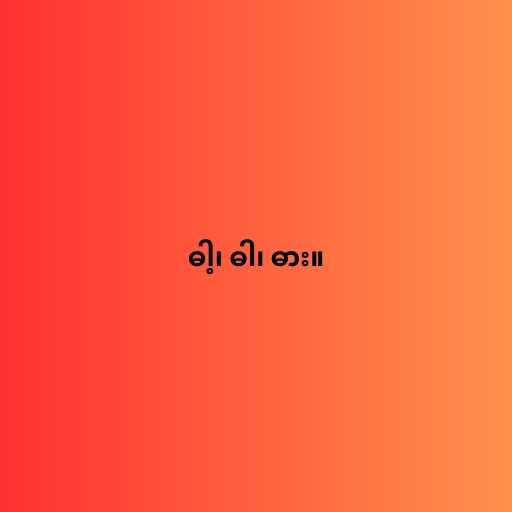
ဓါ့၊ ဓါ၊ ဓား။